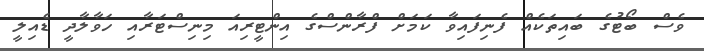
ވެސް ބޯޓުގެ ބައިތަކެއް ފެނިފައިވާ ކަމަށް ފްރާންސްގެ އިންޓީރިއަ މިނިސްޓަރާއި ހަވާލާދީ ޑެއިލީ